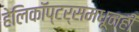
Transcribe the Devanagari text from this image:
हेलिकॉप्टर्समधूनही